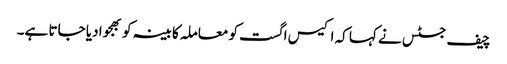
چیف جسٹس نے کہا کہ اکیس اگست کو معاملہ کابینہ کو بھجوا دیا جاتا ہے۔